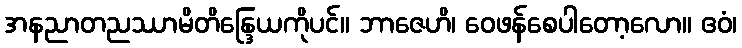
အနညာတညဿာမိတိန္ဒြေယကိုပင်။ ဘာဇေဟိ၊ ဝေဖန်စေပါတော့လော။ ဧဝံ၊